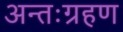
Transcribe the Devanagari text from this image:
अन्तःग्रहण